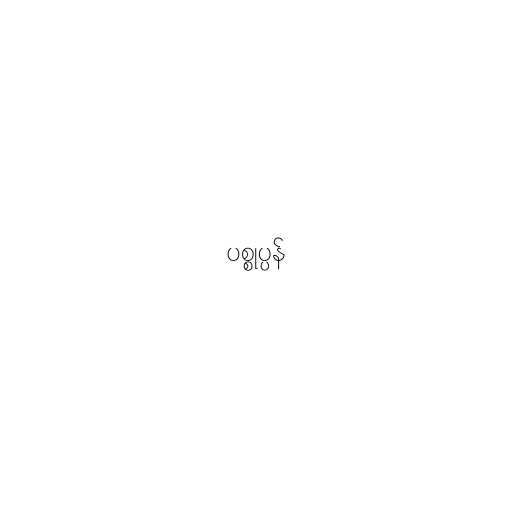
ပစ္စုပ္ပန်